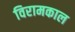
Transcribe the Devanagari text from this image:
विरामकाल